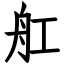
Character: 舡